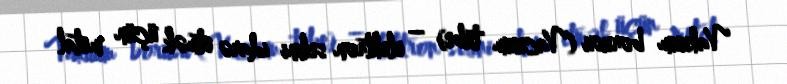
Vakuum borusu (Vacuum tube) – elektron selini idarə etmək üçün metal